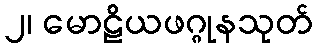
၂၊ မောဠိယဖဂ္ဂုနသုတ်